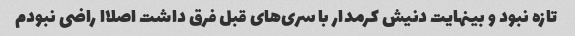
تازه نبود و بینهایت دنیش کرمدار با سری‌های قبل فرق داشت اصلاا راضی نبودم